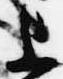
上